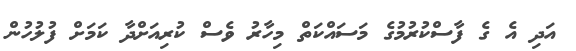
އަދި އެ ގެ ފާސްކުރުމުގެ މަސައްކަތް މިހާރު ވެސް ކުރިއަށްދާ ކަމަަށް ފުލުހުން